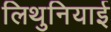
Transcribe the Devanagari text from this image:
लिथुनियाई